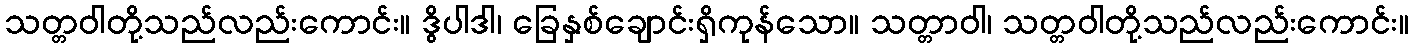
သတ္တဝါတို့သည်လည်းကောင်း။ ဒွိပါဒါ၊ ခြေနှစ်ချောင်းရှိကုန်သော။ သတ္တာဝါ၊ သတ္တဝါတို့သည်လည်းကောင်း။